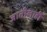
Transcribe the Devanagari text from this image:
जातीलाही